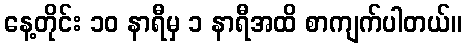
နေ့တိုင်း ၁၀ နာရီမှ ၁ နာရီအထိ စာကျက်ပါတယ်။